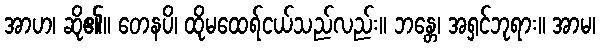
အာဟ၊ ဆို၏။ တေနပိ၊ ထိုမထေရ်ငယ်သည်လည်း။ ဘန္တေ၊ အရှင်ဘုရား။ အာမ၊